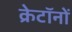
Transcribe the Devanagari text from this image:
क्रेटॉनों